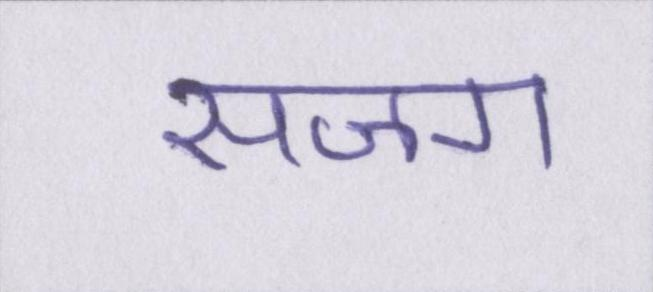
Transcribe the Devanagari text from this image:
सजग